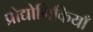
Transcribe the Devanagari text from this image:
प्रोद्योगिकियाँ